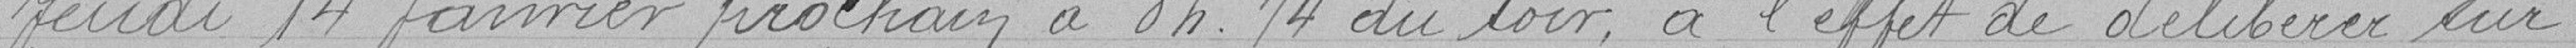
jeudi 14 janvier prochain à 8h 1/4 du soir, à l'effet de délibérer sur